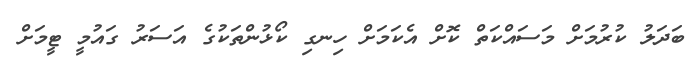
ބަދަލު ކުރުމަށް މަސައްކަތް ކޮށް އެކަމަށް ހިނގި ކޯޅުންތަކުގެ އަސަރު ގައުމީ ޓީމަށް